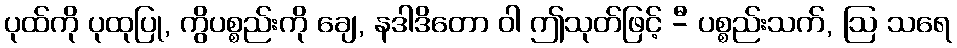
ပုထ်ကို ပုထုပြု, ကွိပစ္စည်းကို ချေ, နဒါဒိတော ဝါ ဤသုတ်ဖြင့် -ီ ပစ္စည်းသက်, ဩ သရေ